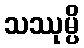
သဿုမ္ပိ